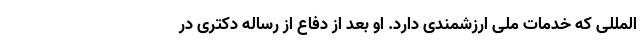
المللی که خدمات ملی ارزشمندی دارد. او بعد از دفاع از رساله دکتری در